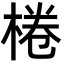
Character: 棬